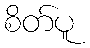
စိတ်ပူ